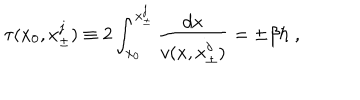
\tau ( x _ { 0 } , x _ { \pm } ^ { j } ) \equiv 2 \int _ { x _ { 0 } } ^ { x _ { \pm } ^ { j } } \frac { d x } { v ( x , x _ { \pm } ^ { j } ) } = \pm \beta \hbar \; ,